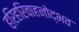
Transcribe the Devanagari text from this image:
हरिहरिवाहनोद्भव